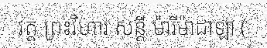
វត្ត ព្រះវិហារ សន្តី ម៉ារីម៉ាដាឡា (